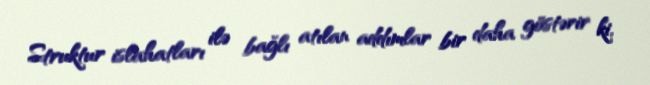
Struktur islahatları ilə bağlı atılan addımlar bir daha göstərir ki,